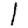
Digit: 1